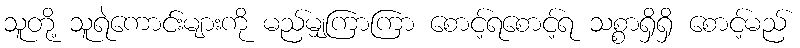
သူတို့ သူရဲကောင်းများကို မည်မျှကြာကြာ စောင့်ရစောင့်ရ သစ္စာရှိရှိ စောင့်မည်